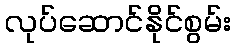
လုပ်ဆောင်နိုင်စွမ်း